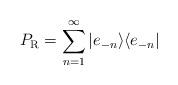
LaTeX: \begin{align*}P_{\rm R}=\sum_{n=1}^\infty |e_{-n}\rangle\langle e_{-n}|\end{align*}